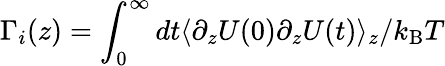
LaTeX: \Gamma_{i}(z)=\int_{0}^{\infty}dt\langle\partial_{z}U(0)\partial_{z}U(t)\rangle_{z}/k_{\mathrm{B}}T